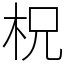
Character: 柷